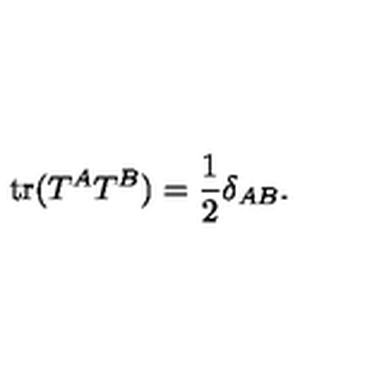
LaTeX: \mathrm { t r } ( T ^ { A } T ^ { B } ) = { \frac { 1 } { 2 } } \delta _ { A B } .